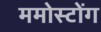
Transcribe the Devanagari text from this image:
ममोस्टोंग